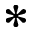
*